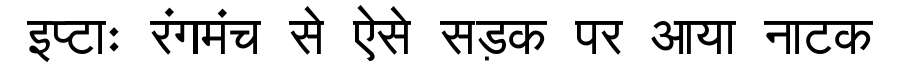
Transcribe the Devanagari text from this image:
इप्टाः रंगमंच से ऐसे सड़क पर आया नाटक